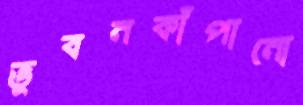
ভুবনকাঁপানো